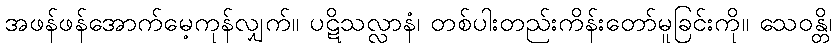
အဖန်ဖန်အောက်မေ့ကုန်လျှက်။ ပဋိသလ္လာနံ၊ တစ်ပါးတည်းကိန်းတော်မူခြင်းကို။ သေဝန္တိ၊